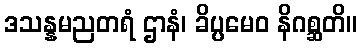
ဒသန္နမညတရံ ဌာနံ၊ ခိပ္ပမေဝ နိဂစ္ဆတိ။